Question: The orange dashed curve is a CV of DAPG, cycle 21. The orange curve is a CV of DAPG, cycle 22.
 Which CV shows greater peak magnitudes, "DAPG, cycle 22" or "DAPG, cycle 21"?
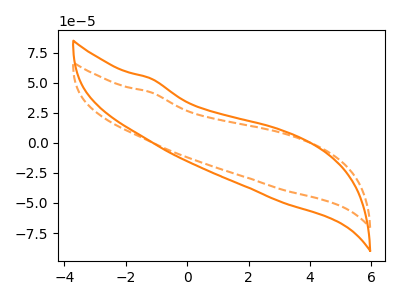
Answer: <think>The orange dashed curve "DAPG, cycle 21" has no peaks. The orange curve "DAPG, cycle 22" has no peaks.</think>
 <answer>Niether CV has any peaks.</answer>
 <eval>blanks</eval>